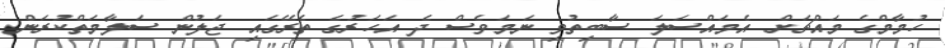
ހުމާމްގެ މައްޗަށް އެމައްސަލަ ސާބިތުވި ނަމަވެސް ދެ އަހަރުގެ ތެރޭގައި ޖަލުން ސަލާމަތްކުރަން